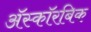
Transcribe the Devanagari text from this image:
अॅस्कॉरबिक